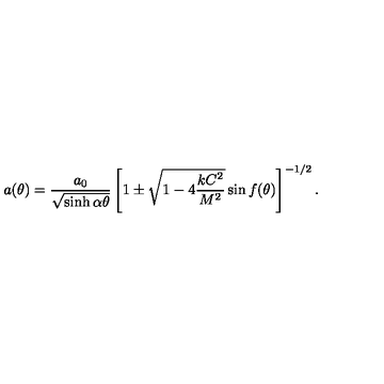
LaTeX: a ( \theta ) = \frac { a _ { 0 } } { \sqrt { \sinh \alpha \theta } } \left[ 1 \pm \sqrt { 1 - 4 \displaystyle { \frac { k C ^ { 2 } } { M ^ { 2 } } } } \sin f ( \theta ) \right] ^ { - 1 / 2 } .